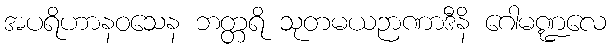
အပရိဟာနဝသေန ဘတ္တရိ သုတမယဉာဏာဒီနိ ဂေါမဏ္ဍလေ